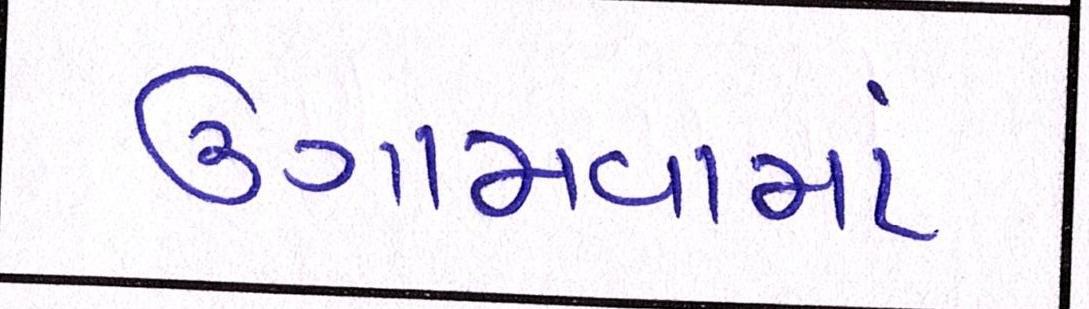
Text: ઉગામવામાં